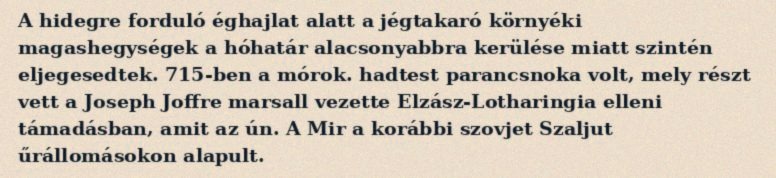
A hidegre forduló éghajlat alatt a jégtakaró környéki magashegységek a hóhatár alacsonyabbra kerülése miatt szintén eljegesedtek. 715-ben a mórok. hadtest parancsnoka volt, mely részt vett a Joseph Joffre marsall vezette Elzász-Lotharingia elleni támadásban, amit az ún. A Mir a korábbi szovjet Szaljut űrállomásokon alapult.